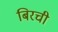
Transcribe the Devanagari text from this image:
बिरची